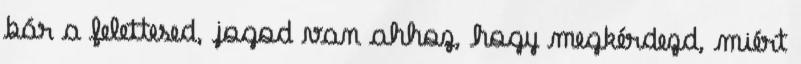
bár a felettesed, jogod van ahhoz, hogy megkérdezd, miért